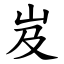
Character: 岌